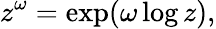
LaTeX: z^{\omega}=\exp(\omega\log z),